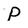
Character: P